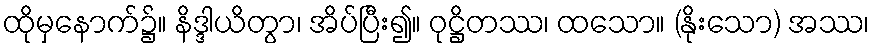
ထိုမှနောက်၌။ နိဒ္ဒါယိတွာ၊ အိပ်ပြီး၍။ ဝုဋ္ဌိတဿ၊ ထသော။ (နိုးသော) အဿ၊